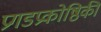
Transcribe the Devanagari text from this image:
प्रगडप्रकोष्ठिकी